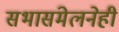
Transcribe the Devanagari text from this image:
सभासंमेलनेही